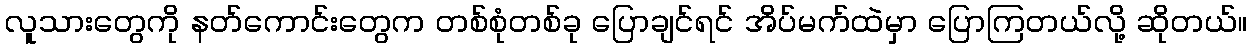
လူသားတွေကို နတ်ကောင်းတွေက တစ်စုံတစ်ခု ပြောချင်ရင် အိပ်မက်ထဲမှာ ပြောကြတယ်လို့ ဆိုတယ်။